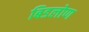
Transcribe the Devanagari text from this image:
बिडलोण